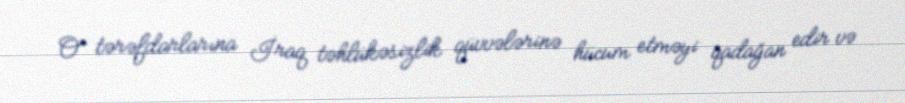
O tərəfdarlarına İraq təhlükəsizlik qüvvələrinə hücum etməyi qadağan edir və